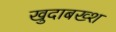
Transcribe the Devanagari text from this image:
खुदाबख्श